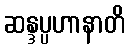
ဆန္ဒပ္ပဟာနာတိ